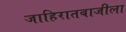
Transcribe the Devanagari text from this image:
जाहिरातबाजीला